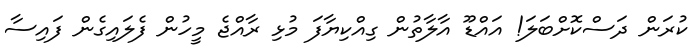
ކުރަން ދަަސްކޮށްބަލަ! އައްޑޫ އާލާތުން ގިއްކިޔާފަ މުޅި ރާއްޖެ މީހުން ފެލައިގެން ފައިސާ